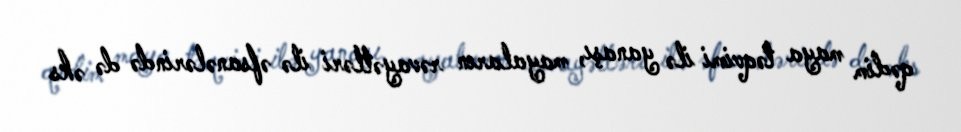
qədim maya təqvimi ilə yanaşı, mayaların rəvayətləri ilə əfsanələrində də əks